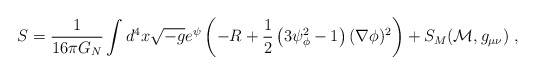
\begin{align*} S = \frac{1}{16 \pi G_N} \int d^4 x \sqrt{- g} e^{\psi} \left( - R + \frac{1}{2} \left(3 \psi_{\phi}^2 - 1 \right) (\nabla \phi)^2 \right) + S_M ({\cal M}, g_{\mu \nu}) \; ,\end{align*}